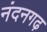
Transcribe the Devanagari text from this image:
नंदनगढ़